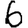
Digit: 6